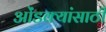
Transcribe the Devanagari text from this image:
ओंडक्यांसाठी